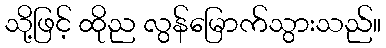
သို့ဖြင့် ထိုည လွန်မြောက်သွားသည်။